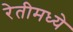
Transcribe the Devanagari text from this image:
रेतीमध्ये